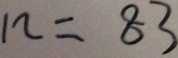
n = 8 3